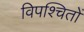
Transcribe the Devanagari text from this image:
विपश्चितों